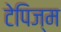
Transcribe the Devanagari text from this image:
टेपिज्म